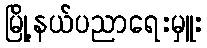
မြို့နယ်ပညာရေးမှူး